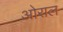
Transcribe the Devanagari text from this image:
ओराल